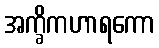
အက္ခိကဟာရကော